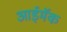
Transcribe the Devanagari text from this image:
आईमॅक